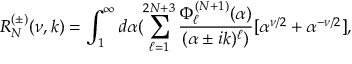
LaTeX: R _ { N } ^ { ( \pm ) } ( \nu , k ) = \int _ { 1 } ^ { \infty } d \alpha ( \sum _ { \ell = 1 } ^ { 2 N + 3 } \frac { \Phi _ { \ell } ^ { ( N + 1 ) } ( \alpha ) } { ( \alpha \pm i k ) ^ { \ell } ) } [ \alpha ^ { \nu / 2 } + \alpha ^ { - \nu / 2 } ] ,